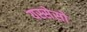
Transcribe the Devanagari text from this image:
यस्सेसो